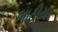
ભાટીયા